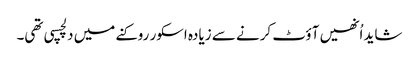
شاید اُنھیں آؤٹ کرنے سے زیادہ اسکور روکنے میں دلچسپی تھی۔